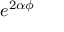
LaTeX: e ^ { 2 \alpha \phi }